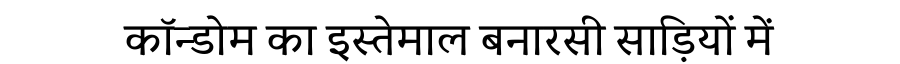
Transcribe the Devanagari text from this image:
कॉन्डोम का इस्तेमाल बनारसी साड़ियों में